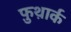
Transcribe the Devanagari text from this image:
फ़ुथ़ार्क